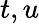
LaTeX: t,u